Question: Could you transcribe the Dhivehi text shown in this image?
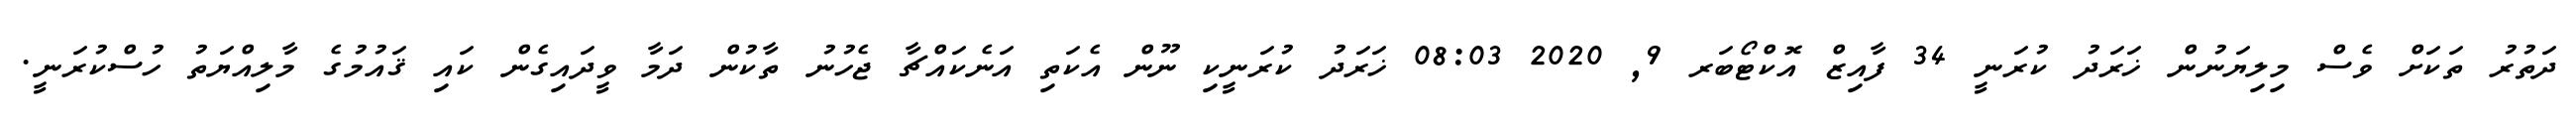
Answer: ދަތުރު ތަކަށް ވެސް މިލިޔަނުން ޚަރަދު ކުރަނީ 34 ފާއިޒް އޮކްޓޯބަރ 9, 2020 08:03 ޚަރަދު ކުރަނީކި ނޫން އެކަތި އަނެކައްޗާ ޖެހުނު ތާކުން ދަމާ ވީދައިގެން ކައި ޤައުމުގެ މާލިއްޔަތު ހުސްކުރަނީ.